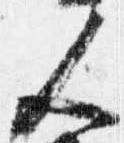
人